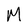
Character: M